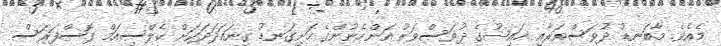
މެއެވެ. މާބަނޑު ދުވަސްވަރާއި ހައިޟުގެ ދުވަސްވަރު އަންހެނުންގެ ހަށިގަނޑު ގިނައަދަދަކަށް ކެލްސިއަމް ފޮސްފަރަސް